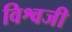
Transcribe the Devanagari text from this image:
विश्वजी